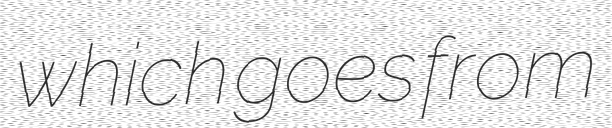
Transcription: which goes from